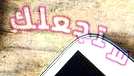
ستجعلك